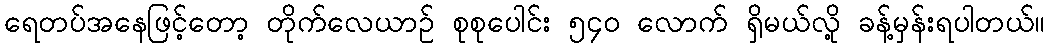
ရေတပ်အနေဖြင့်တော့ တိုက်လေယာဉ် စုစုပေါင်း ၅၄၀ လောက် ရှိမယ်လို့ ခန့်မှန်းရပါတယ်။